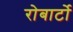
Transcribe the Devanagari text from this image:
रोबार्टो